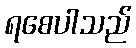
ရစေပါသည်